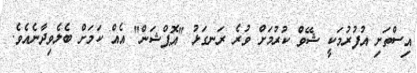
އިސްތަށި އުފުރުމަކީ ޝޭވް ކުރުމަށް ވުރެ ރަނގަޅު "އޮޕްޝަން" އެއް ކަމަށް ބެލެވިދާނެއެވެ.